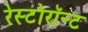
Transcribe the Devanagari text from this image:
रेस्टोरॉन्ट